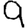
Digit: 9